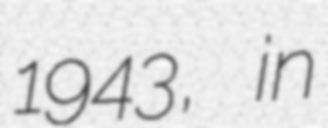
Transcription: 1943, in